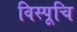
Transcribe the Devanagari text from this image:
विस्पूचि